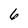
Character: 6